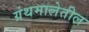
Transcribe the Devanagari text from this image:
ग्रंथमालेतील